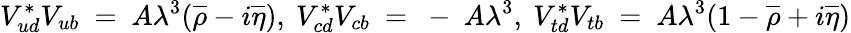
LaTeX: V_{ud}^{\ast}V_{ub}~=~A\lambda^{3}(\overline{{{\rho}}}-i\overline{{{\eta}}}),~V_{cd}^{\ast}V_{cb}~=~-~A\lambda^{3},~V_{td}^{\ast}V_{tb}~=~A\lambda^{3}(1-\overline{{{\rho}}}+i\overline{{{\eta}}})